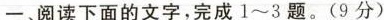
阅读下面的文字,完成1~3题。(9分)